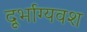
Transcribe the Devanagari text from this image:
दूर्भाग्यवश